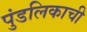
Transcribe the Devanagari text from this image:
पुंडलिकाची